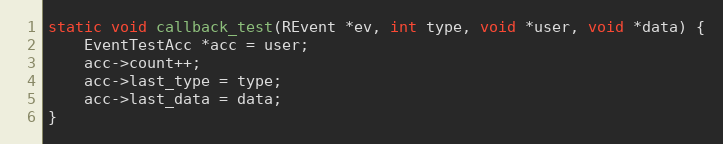
Language: C
static void callback_test(REvent *ev, int type, void *user, void *data) {
	EventTestAcc *acc = user;
	acc->count++;
	acc->last_type = type;
	acc->last_data = data;
}